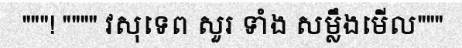
"""! """" វសុទេព សួរ ទាំង សម្លឹងមើល"""